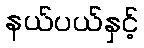
နယ်ပယ်နှင့်